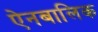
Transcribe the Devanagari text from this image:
ऐनबालिक